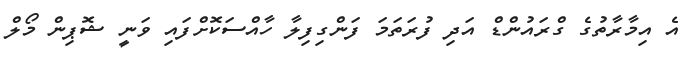
އެ އިމާރާތުގެ ގްރައުންޑް އަދި ފުރަތަމަ ފަންގިފިލާ ހާއްސަކޮށްފައި ވަނީ ޝޮޕިން މޯލް